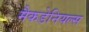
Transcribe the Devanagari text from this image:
मैकडेनियल्स